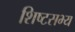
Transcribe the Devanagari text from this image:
शिष्टसभ्य